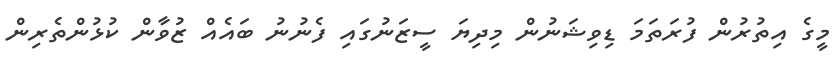
މީގެ އިތުރުން ފުރަތަމަ ޑިވިޝަނުން މިދިޔަ ސީޒަނުގައި ފެނުނު ބައެއް ޒުވާން ކުޅުންތެރިން